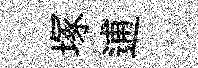
塚逋